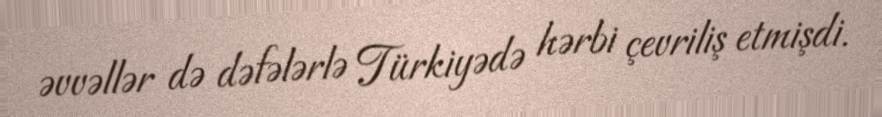
əvvəllər də dəfələrlə Türkiyədə hərbi çevriliş etmişdi.